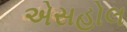
એસહોલ